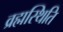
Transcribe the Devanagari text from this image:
व्रह्मस्थिति